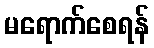
မရောက်စေရန်